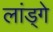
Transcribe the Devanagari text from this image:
लांड्गे